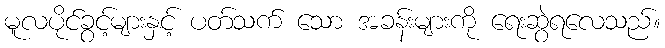
မူလပိုင်ခွင့်များနှင့် ပတ်သက် သော အခန်းများကို ရေးဆွဲရလေသည်။